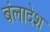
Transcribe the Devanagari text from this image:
बंलादेश